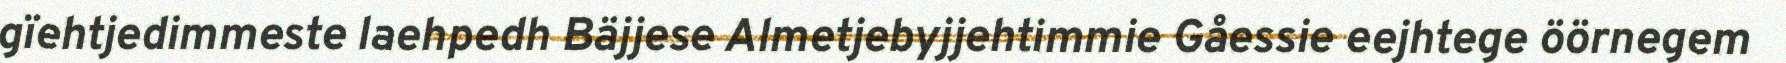
gïehtjedimmeste laehpedh Bäjjese Almetjebyjjehtimmie Gåessie eejhtege öörnegem